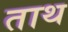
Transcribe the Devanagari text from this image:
ताथ